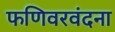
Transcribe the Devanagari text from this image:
फणिवरवंदना